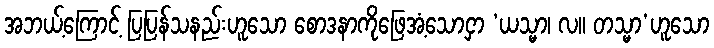
အဘယ့်ကြောင့် ပြပြန်သနည်းဟူသော စောဒနာကိုဖြေအံ့သောငှာ ‘ယသ္မာ၊ လ။ တသ္မာ’ဟူသော